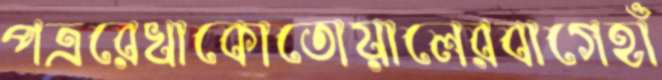
পত্ররেখাকোতোয়ালেরবাগেহাঁ